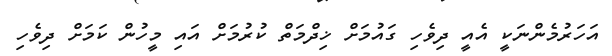
އަހަރުމެންނަކީ އެއީ ދިވެހި ގައުމަށް ޚިދްމަތް ކުރުމަށް އައި މީހުން ކަމަށް ދިވެހި